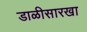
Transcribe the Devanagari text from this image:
डाळीसारखा